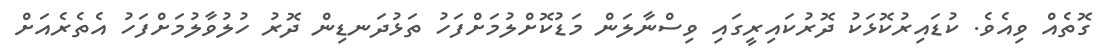
ގޮތެއް ވިއެވެ. ކުޑައިރުކޮޅަކު ދޮރުކައިރީގައި ވިސްނާލަން މަޑުކޮށްލުމަށްފަހު ތަޅުދަނޑިން ދޮރު ހުލުވާލުމަށްފަހު އެތެރެއަށް